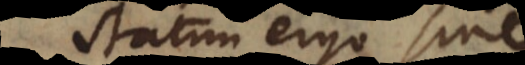
Statim ergo sine